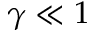
\gamma \ll 1